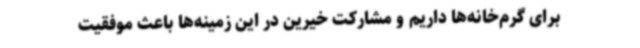
برای گرم‌خانه‌ها داریم و مشارکت خیرین در این زمینه‌ها باعث موفقیت